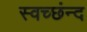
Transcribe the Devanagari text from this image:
स्वच्छंन्द